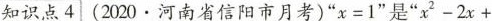
知识点4(2020.河南省信阳市月考)”x=1”是”$$ { x^{2} - 2 x +